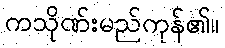
ကသိုဏ်းမည်ကုန်၏။